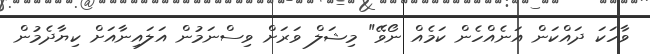
ވާހަކަ ދައްކަން އަނެއްހެން ކަމެއް ނޯވޭ" މިޝަލް ވަރަށް ވިސްނަމުން އަލައިނާއަށް ކިޔާދެމުން